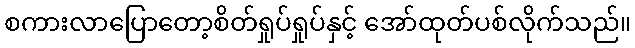
စကားလာပြောတော့စိတ်ရှုပ်ရှုပ်နှင့် အော်ထုတ်ပစ်လိုက်သည်။